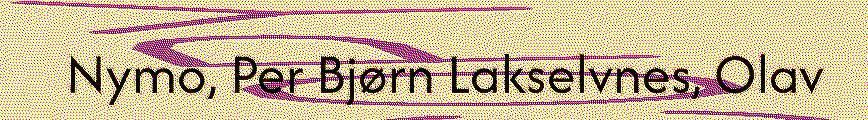
Nymo, Per Bjørn Lakselvnes, Olav